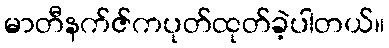
မာတီနက်ဇ်ကပုတ်ထုတ်ခဲ့ပါတယ်။